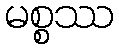
မစ္စဿ